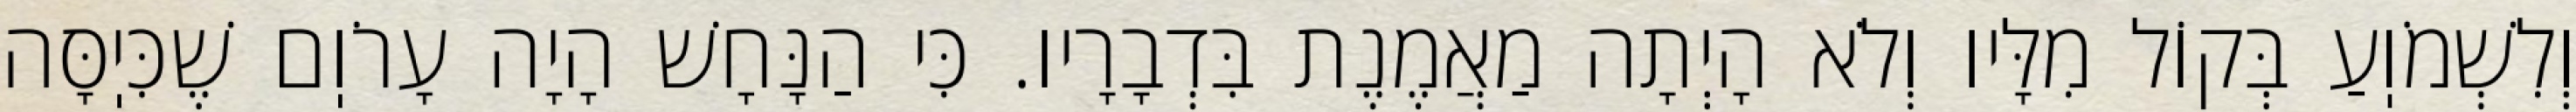
וְלִשְׁמֹוֽעַ בְּקוֹל מִלָּיו וְלֹא הָיְתָה מַאֲמֶנֶת בִּדְבָרָיו. כִּי הַנָּחָשׁ הָיָה עָרֹוֽם שֶׁכִּיֽסָּה